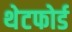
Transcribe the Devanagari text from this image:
थेटफोर्ड